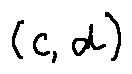
( c , d )